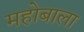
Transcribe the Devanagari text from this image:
महोबाला